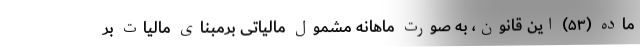
ماده (۵۳) این قانون، به صورت ماهانه مشمول مالیاتی برمبنای مالیات بر